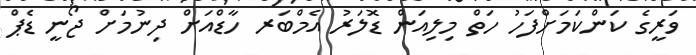
ވަރީގެ ކަންކަމަށްފަހު ހަތް މިލިއަން ޑޮލަރު އެމްބަރ ހާޑްއަށް ދިނުމަށް ޖޯނީ ޑެޕް